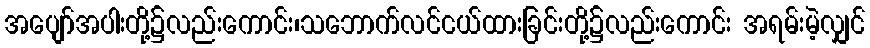
အပျော်အပါးတို့၌လည်းကောင်း၊သဘောက်လင်ငယ်ထားခြင်းတို့၌လည်းကောင်း အရမ်းမဲ့လျှင်